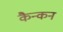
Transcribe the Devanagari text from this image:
कैन्कन